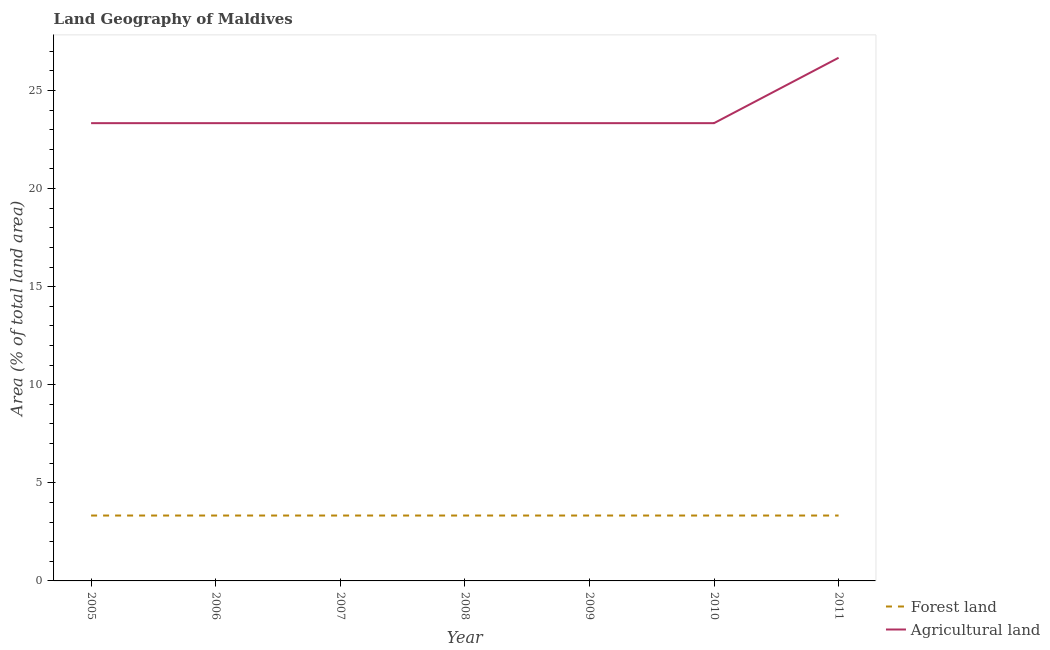
| Year | Forest land | Agricultural land |
 | --- | --- | --- |
 | 2005 | 3.33 | 23.3 |
 | 2006 | 3.33 | 23.3 |
 | 2007 | 3.33 | 23.3 |
 | 2008 | 3.33 | 23.3 |
 | 2009 | 3.33 | 23.3 |
 | 2010 | 3.33 | 23.3 |
 | 2011 | 3.33 | 26.7 |